Civil Veterinary Department Bengal reports 1923-33 - 1923-1933
Year: 1923
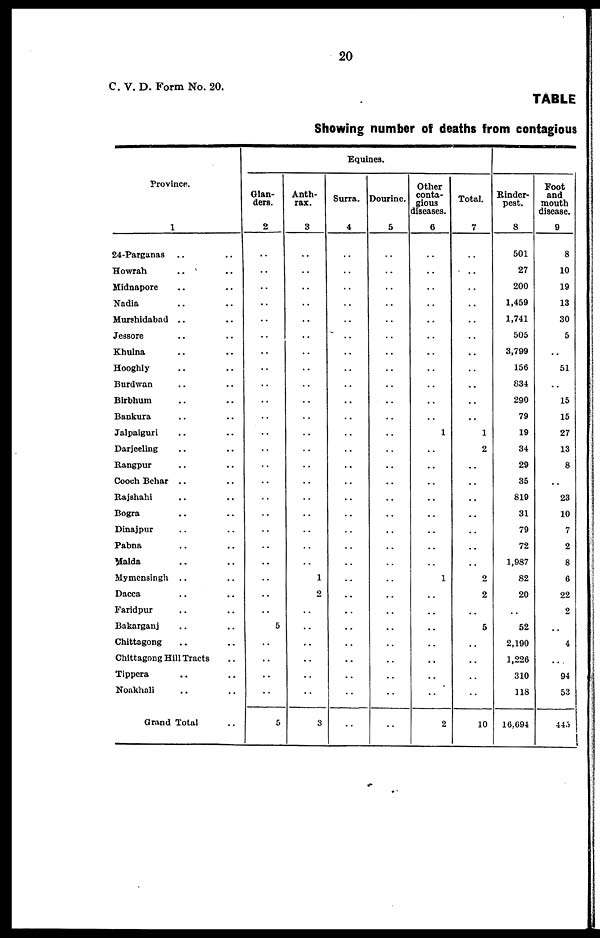
20
C. V. D. Form No. 20.
TABLE
Showing number of deaths from contagious
Province.
1
24-Parganas .. ..
Howrah .. ..
Midnapore .. ..
Nadia .. ..
Murshidabad .. ..
Jessore .. ..
Khulna .. ..
Hooghly .. ..
Burdwan .. ..
Birbhum .. ..
Bankura .. ..
Jalpaiguri .. ..
Darjeeling .. ..
Rangpur .. ..
Cooch Behar .. ..
Rajshahi .. ..
Bogra .. ..
Dinajpur .. ..
Pabna .. ..
Malda .. ..
Mymensingh .. ..
Dacca .. ..
Faridpur .. ..
Bakarganj .. ..
Chittagong .. ..
Chittagong Hill Tracts ..
Tippera .. ..
Noakhali .. ..
Grand Total ..
Equines.
Glan-
ders.
2
..
..
..
..
..
..
..
..
..
..
..
..
..
..
..
..
..
..
..
..
..
..
..
5
..
..
..
..
5
Anth-
rax.
3
..
..
..
..
..
..
..
..
..
..
..
..
..
..
..
..
..
..
..
..
1
2
..
..
..
..
..
..
3
Surra.
4
..
..
..
..
..
..
..
..
..
..
..
..
..
..
..
..
..
..
..
..
..
..
..
..
..
..
..
..
..
Dourine.
5
..
..
..
..
..
..
..
..
..
..
..
..
..
..
..
..
..
..
..
..
..
..
..
..
..
..
..
..
..
Other
conta-
gious
diseases.
6
..
..
..
..
..
..
..
..
..
..
..
1
..
..
..
..
..
..
..
..
1
..
..
..
..
..
..
..
2
Total.
7
..
..
..
..
..
..
..
..
..
..
..
1
2
..
..
..
..
..
..
..
2
2
..
5
..
..
..
..
10
Rinder-
pest.
8
501
27
200
1,459
1,741
505
3,799
156
834
290
79
19
34
29
35
819
31
79
72
1,987
82
20
..
52
2,190
1,226
310
118
16,694
Foot
and
mouth
disease.
9
8
10
19
13
30
5
..
51
..
15
15
27
13
8
..
23
10
7
2
8
0
22
2
..
4
..
94
53
445